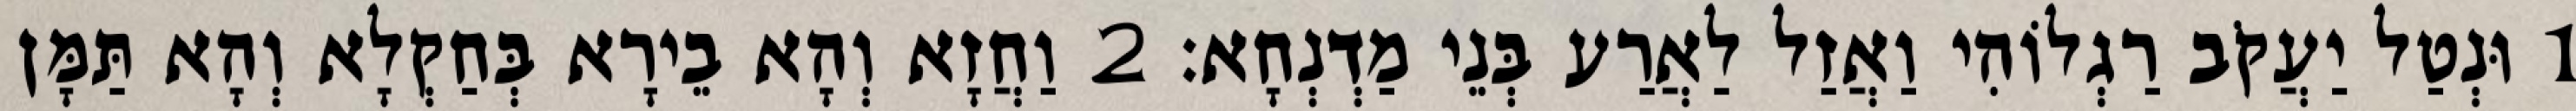
1 וּנְטַל יַעֲקֹב רַגְלוֹהִי וַאֲזַל לַאֲרַע בְּנֵי מַדְנְחָא׃ 2 וַחֲזָא וְהָא בֵירָא בְּחַקְלָא וְהָא תַּמָּן